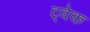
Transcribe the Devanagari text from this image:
ट्वेक